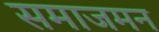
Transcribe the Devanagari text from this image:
समाजमन